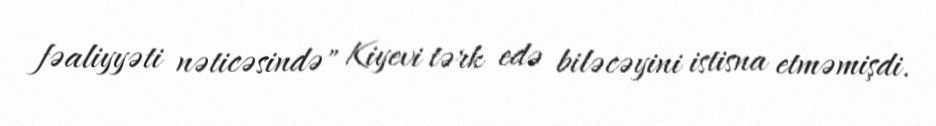
fəaliyyəti nəticəsində" Kiyevi tərk edə biləcəyini istisna etməmişdi.